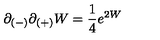
\partial _ { ( - ) } \partial _ { ( + ) } W = { \frac { 1 } { 4 } } e ^ { 2 W }